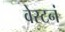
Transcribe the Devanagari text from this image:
वेस्टनं